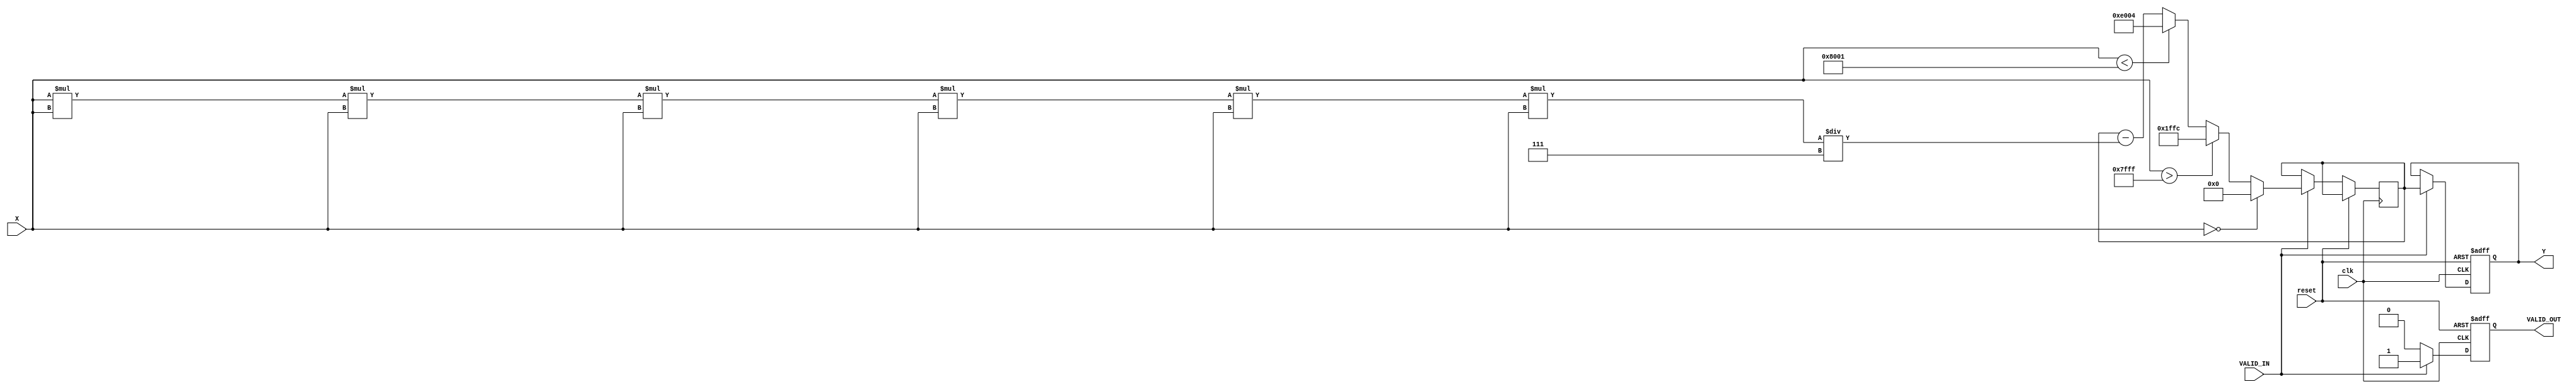
module atan_block (
    input wire clk,
    input wire reset,
    input wire signed [15:0] X,        // Input signal (tangent value)
    input wire VALID_IN,                // Valid input signal
    output reg signed [15:0] Y,         // Output signal (angle in radians)
    output reg VALID_OUT                // Valid output signal
);

    // Constants for fixed-point representation of /2
    localparam signed [15:0] PI_OVER_2 = 16'h1FFC; // Approx. 1.5708 in fixed-point (Q1.15)
    localparam signed [15:0] ZERO = 16'h0000;       // Fixed-point representation of 0

    // State variables
    reg signed [15:0] atan_result;

    always @(posedge clk or posedge reset) begin
        if (reset) begin
            Y <= ZERO;
            VALID_OUT <= 1'b0;
        end else if (VALID_IN) begin
            // Compute atan using a simple approximation
            if (X == ZERO) begin
                atan_result <= ZERO; // atan(0) = 0
            end else if (X > 16'h7FFF) begin // Positive infinity
                atan_result <= PI_OVER_2; // atan(+inf) = /2
            end else if (X < -16'h7FFF) begin // Negative infinity
                atan_result <= -PI_OVER_2; // atan(-inf) = -/2
            end else begin
                // Simple Taylor series approximation for |X| < 1
                // atan(x)  x - x^3/3 + x^5/5 - x^7/7 + ...
                // This is a limited approximation for demonstration purposes
                atan_result <= X; // Start with x
                atan_result <= atan_result - (X * X * X) / 16'h0003; // - x^3/3
                atan_result <= atan_result + (X * X * X * X * X) / 16'h0005; // + x^5/5
                atan_result <= atan_result - (X * X * X * X * X * X * X) / 16'h0007; // - x^7/7
            end
            
            Y <= atan_result;
            VALID_OUT <= 1'b1; // Set output valid
        end else begin
            VALID_OUT <= 1'b0; // Clear output valid if input is not valid
        end
    end
endmodule